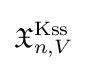
{\mathfrak {X}}_{n,V}^{\operatorname {Kss} }